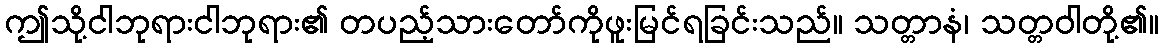
ဤသို့ငါဘုရားငါဘုရား၏ တပည့်သားတော်ကိုဖူးမြင်ရခြင်းသည်။ သတ္တာနံ၊ သတ္တဝါတို့၏။